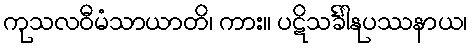
ကုသလဝီမံသာယာတိ၊ ကား။ ပဋိသင်္ခါနုပဿနာယ၊